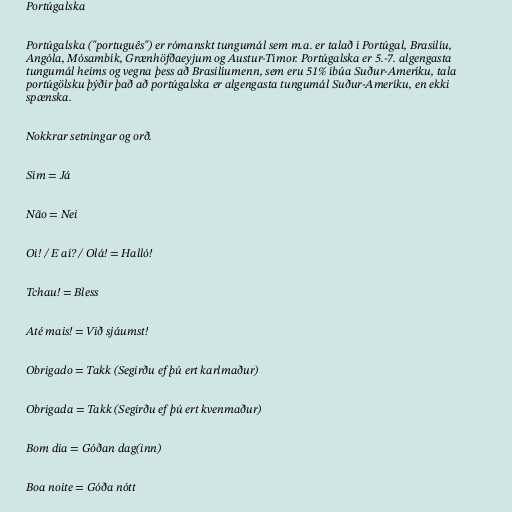
Portúgalska

Portúgalska ("português") er rómanskt tungumál sem m.a. er talað í Portúgal, Brasilíu,
Angóla, Mósambík, Grænhöfðaeyjum og Austur-Tímor. Portúgalska er 5.-7. algengasta
tungumál heims og vegna þess að Brasilíumenn, sem eru 51% íbúa Suður-Ameríku, tala
portúgölsku þýðir það að portúgalska er algengasta tungumál Suður-Ameríku, en ekki
spænska.

Nokkrar setningar og orð.

Sim = Já

Não = Nei

Oi! / E aí? / Olá! = Halló!

Tchau! = Bless

Até mais! = Við sjáumst!

Obrigado = Takk (Segirðu ef þú ert karlmaður)

Obrigada = Takk (Segirðu ef þú ert kvenmaður)

Bom dia = Góðan dag(inn)

Boa noite = Góða nótt